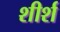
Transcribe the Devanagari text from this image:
शीर्श